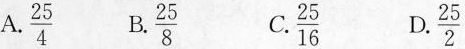
A .\frac{25}{4} B .\frac{25}{16} C.\frac{25}{8} D.\frac{25}{2}